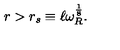
r > r _ { s } \equiv \ell \omega _ { R } ^ { \frac { 1 } { 8 } } .